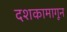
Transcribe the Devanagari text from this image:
दशकामागून